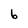
Character: 6